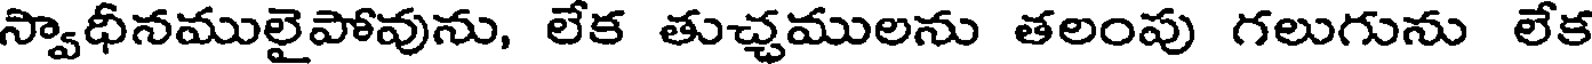
స్వాధీనములైపోవును, లేక తుచ్చములను తలంపు గలుగును లేక